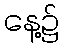
နေ့၌